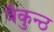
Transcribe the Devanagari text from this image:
वैकुन्ठ